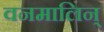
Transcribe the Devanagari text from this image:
वनमालिन्